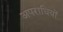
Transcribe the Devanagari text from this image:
अपराधियों